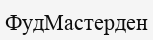
ФудМастерден